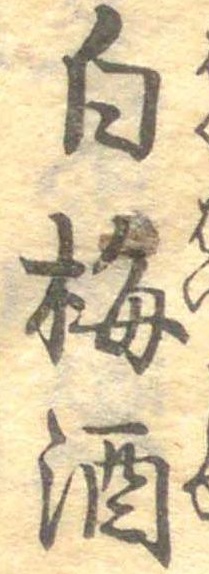
白梅酒